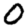
Digit: 0